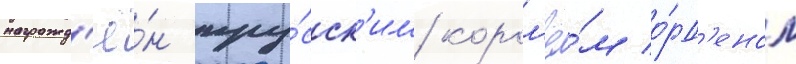
награжд'ё́н пру́сск'им корол'ё́м о́рд'еном